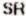
SR